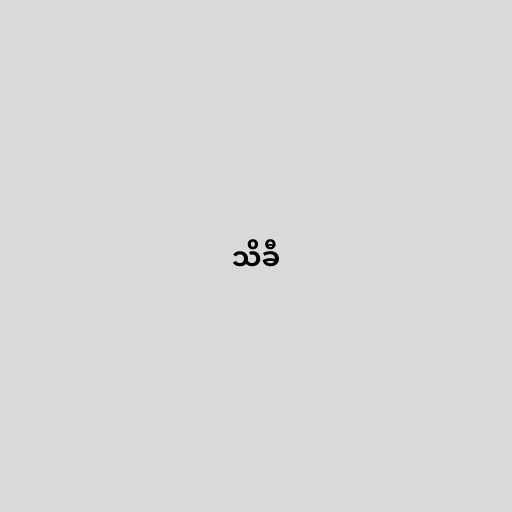
သိခီ